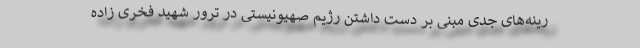
رینه‌های جدی مبنی بر دست داشتن رژیم صهیونیستی در ترور شهید فخری زاده